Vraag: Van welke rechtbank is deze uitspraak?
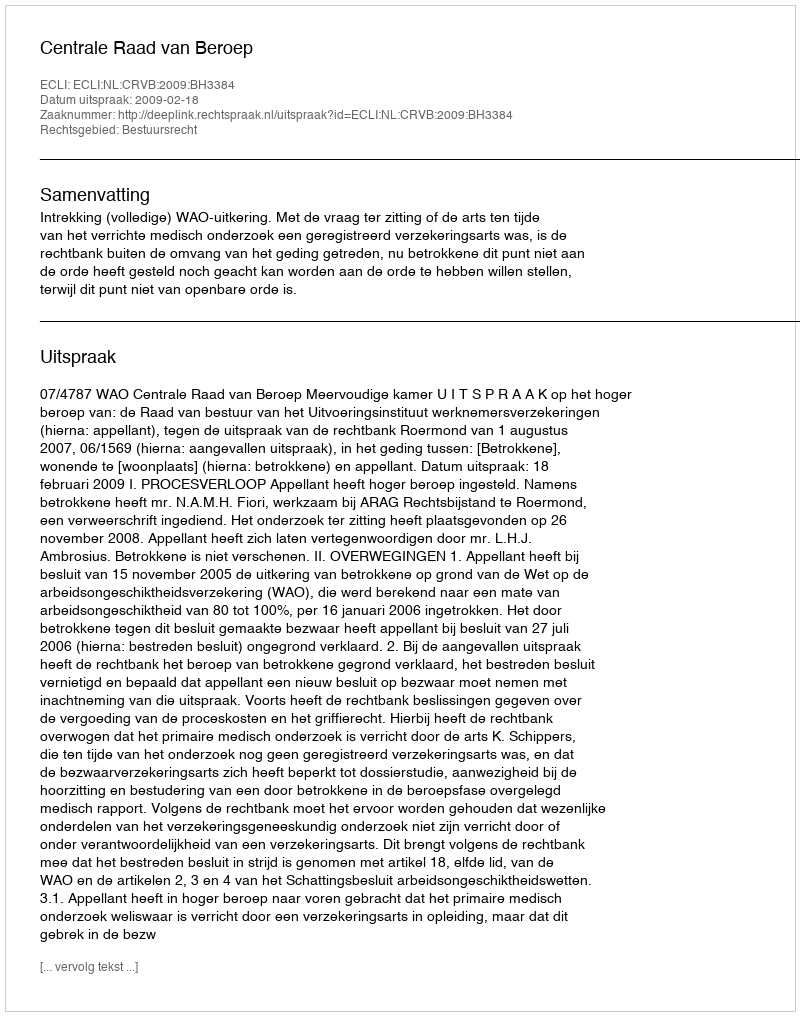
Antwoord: Centrale Raad van Beroep